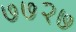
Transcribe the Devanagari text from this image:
७७२७